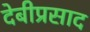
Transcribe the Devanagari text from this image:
देबीप्रसाद